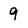
Character: 9